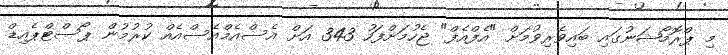
މި ޕްރޮމޯޝަނުގައި ބައިވެރިވުމަށް "އެފްއެފް" ޖެހުމަށްފަހު 343 އަށް އެސްއެމްއެސްއެއް ކުރުމުން ޕޯސްޓްޕެއިޑް